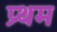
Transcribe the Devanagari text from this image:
प्र्थम